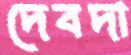
দেবদা